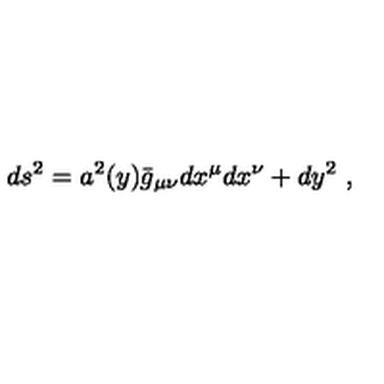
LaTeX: d s ^ { 2 } = a ^ { 2 } ( y ) \bar { g } _ { \mu \nu } d x ^ { \mu } d x ^ { \nu } + d y ^ { 2 } \ ,